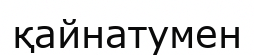
қайнатумен